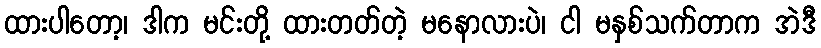
ထားပါတော့၊ ဒါက မင်းတို့ ထားတတ်တဲ့ မနောလားပဲ၊ ငါ မနှစ်သက်တာက အဲဒီ